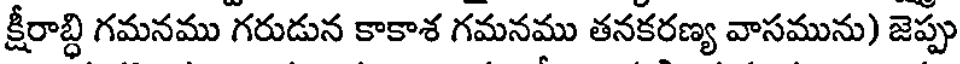
క్షీరాబ్ధి గమనము గరుడున కాకాశ గమనము తనకరణ్య వాసమును) జెప్పు